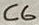
Text: C6